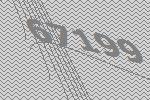
67199